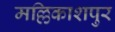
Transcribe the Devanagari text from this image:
मल्लिकाशपुर